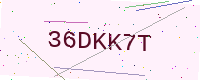
Text: 36DKK7T